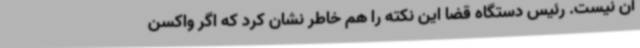
آن نیست. رئیس دستگاه قضا این نکته را هم خاطر نشان کرد که اگر واکسن